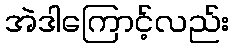
အဲဒါကြောင့်လည်း